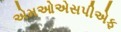
એમઓએસપીએફ